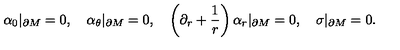
\alpha _ { 0 } | _ { \partial M } = 0 , \quad \alpha _ { \theta } | _ { \partial M } = 0 , \quad \left( \partial _ { r } + \frac 1 r \right) \alpha _ { r } | _ { \partial M } = 0 , \quad \sigma | _ { \partial M } = 0 .